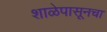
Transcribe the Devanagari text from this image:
शाळेपासूनचा